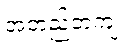
အတည်တကျ